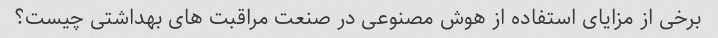
برخی از مزایای استفاده از هوش مصنوعی در صنعت مراقبت های بهداشتی چیست؟